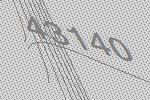
43140